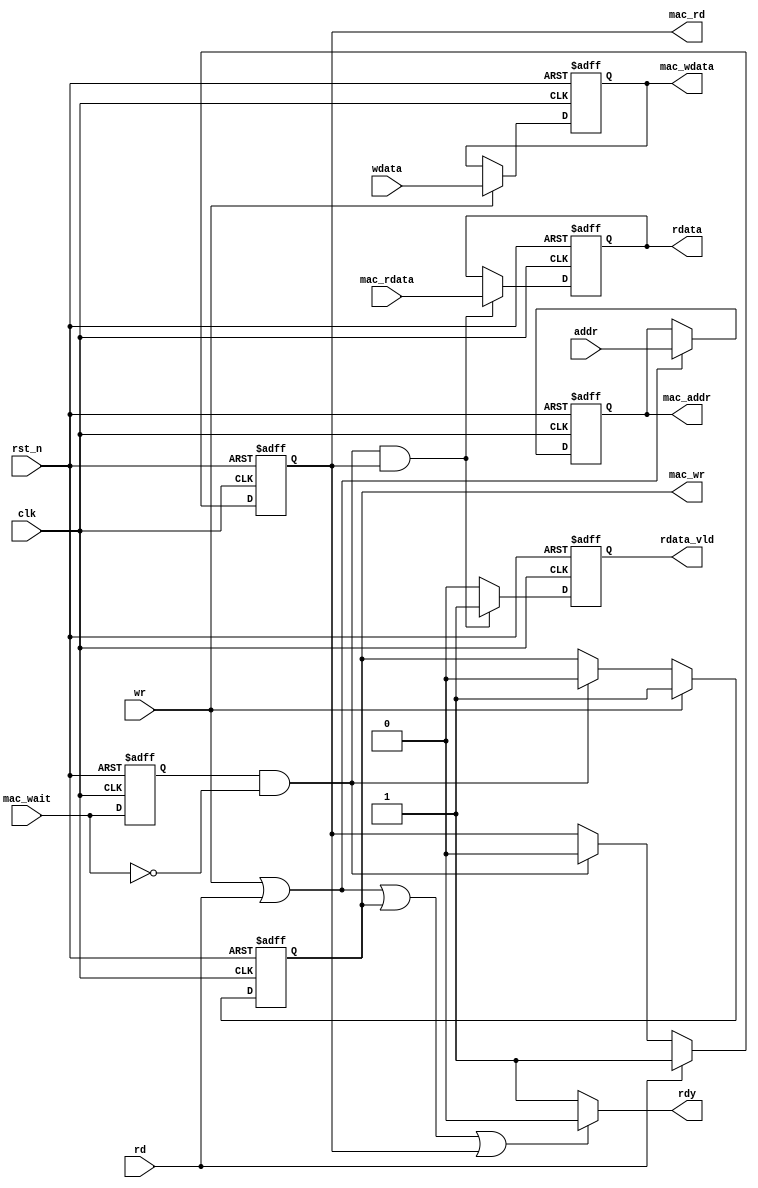
module mac_cfg_if(
    clk       ,
    rst_n     ,
    wr        ,
    rd        ,
    rdy       ,
    addr      ,
    wdata     ,
    rdata     ,
    rdata_vld ,    
    mac_addr  ,
    mac_rd    ,
    mac_wdata ,
    mac_wr    ,
    mac_rdata ,
    mac_wait     

    );

    //
    parameter      DATA_W =         32;

    input            clk      ;
    input            rst_n    ;
    input            wr       ;
    input            rd       ;
    input  [ 7:0]    addr     ; 
    input  [31:0]    wdata    ;
    output           rdy      ;
    output [31:0]    rdata    ;
    output           rdata_vld  /*synthesis keep*/;


    output [ 7:0]    mac_addr  ; 
    output           mac_rd    ; 
    output [31:0]    mac_wdata ; 
    output           mac_wr    ; 
    input  [31:0]    mac_rdata ; 
    input            mac_wait  ;   
  
    reg              rdy       ; //
    reg              mac_rd    ;
    reg              mac_wr    ;
    reg   [ 7:0]     mac_addr  ;
    reg   [31:0]     mac_wdata ;
    wire  [31:0]     mac_rdata ;
    wire             mac_wait  /*synthesis keep*/; 
    reg    [31:0]    rdata    ;
    reg              rdata_vld;
    reg              mac_wait_ff0   /*synthesis keep*/;
    wire             finish    ;

    always  @(posedge clk or negedge rst_n)begin
        if(rst_n==1'b0)begin
            mac_wait_ff0 <= 1'b0;
        end
        else begin
            mac_wait_ff0 <= mac_wait ;
        end
    end

    assign finish = mac_wait_ff0 && mac_wait==1'b0; //mac_wait finish

    always  @(posedge clk or negedge rst_n)begin
        if(rst_n==1'b0)begin
            mac_wr <= 1'b0;
        end
        else if(wr) begin
            mac_wr <= 1'b1;
        end
        else if(finish)begin
            mac_wr <= 1'b0;
        end
    end

    always  @(posedge clk or negedge rst_n)begin
        if(rst_n==1'b0)begin
            mac_rd <= 1'b0;
        end
        else if(rd) begin
            mac_rd <= 1'b1;
        end
        else if(finish)begin
            mac_rd <= 1'b0;
        end
    end

    always  @(posedge clk or negedge rst_n)begin
        if(rst_n==1'b0)begin
            mac_wdata <= 0;
        end
        else if(wr) begin
            mac_wdata <= wdata;
        end
    end

    always  @(posedge clk or negedge rst_n)begin
        if(rst_n==1'b0)begin
            mac_addr <= 0;
        end
        else if(wr ||rd)begin
            mac_addr <= addr;
        end
    end

    always  @(posedge clk or negedge rst_n)begin
        if(rst_n==1'b0)begin
            rdata <= 0;
        end
        else if(finish && mac_rd) begin  
            rdata <= mac_rdata;
        end
    end

    always  @(posedge clk or negedge rst_n)begin
        if(rst_n==1'b0)begin
            rdata_vld <= 0;
        end
        else if(finish && mac_rd) begin  
            rdata_vld <= 1'b1;
        end
        else begin
            rdata_vld <= 1'b0;
        end
    end

    always  @(*)begin
        if(wr || rd || mac_wr || mac_rd)
            rdy = 0;
        else
            rdy = 1;
    end



endmodule